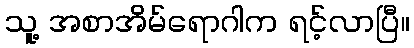
သူ့ အစာအိမ်ရောဂါက ရင့်လာပြီ။